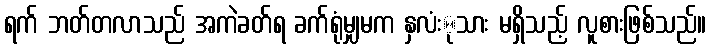
ရက် ဘတ်တလာသည် အကဲခတ်ရ ခက်ရုံမျှမက နှလံးုသား မရှိသည့် လူစားဖြစ်သည်။